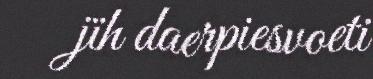
jïh daerpiesvoeti